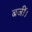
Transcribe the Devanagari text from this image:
बजीं।